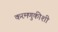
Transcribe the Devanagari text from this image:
करमणुकीशी